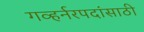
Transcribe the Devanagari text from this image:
गव्हर्नरपदांसाठी